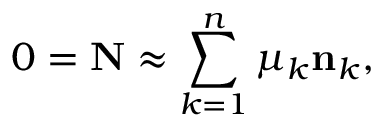
0 = { \bf N } \approx \sum _ { k = 1 } ^ { n } \mu _ { k } { \bf n } _ { k } ,